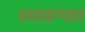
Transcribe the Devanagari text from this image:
धमवकण्यात